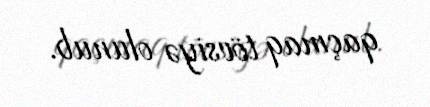
qaçmaq tövsiyə olunub.